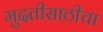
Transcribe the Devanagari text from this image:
मुदतीसाठीचा